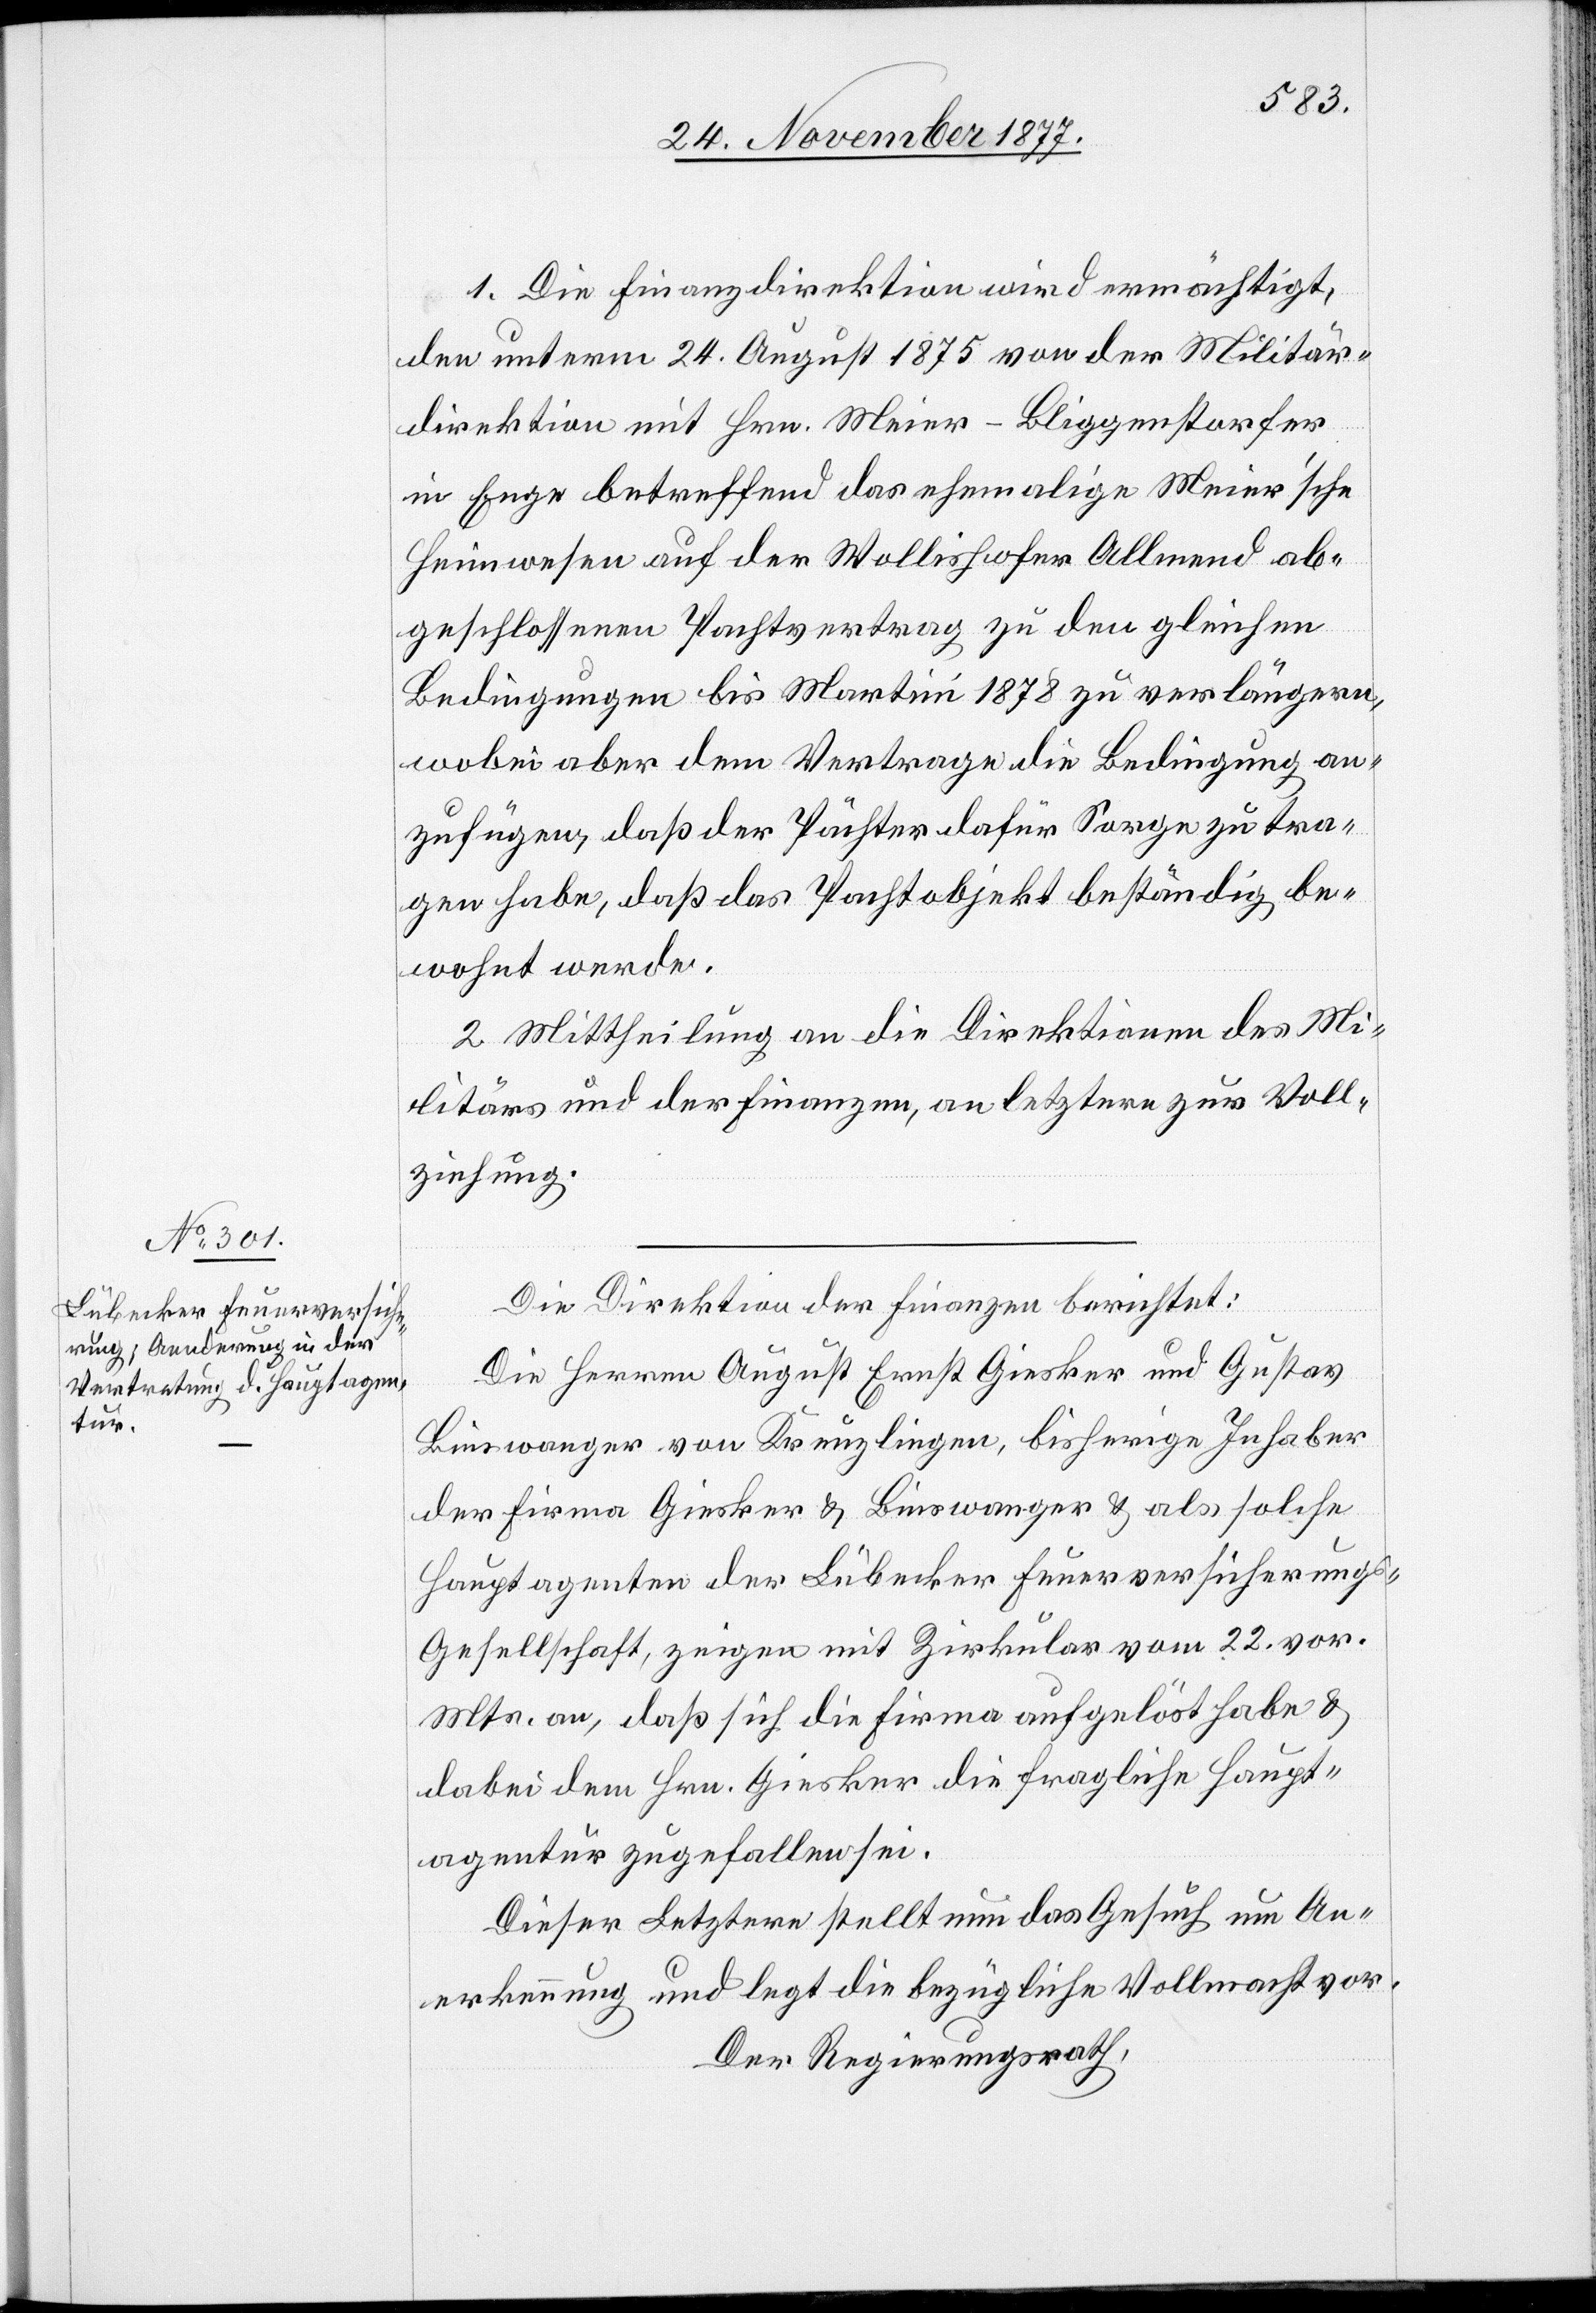
1. Die Finanzdirektion wird ermächtigt,
den unterm 24. August 1875 von der Militär¬
direktion mit Hrn. Meier-Bliggenstorfer
in Enge betreffend das ehemalige Meier’sche
Heimwesen auf der Wollishofer Allmend ab¬
geschlossenen Pachtvertrag zu den gleichen
Bedingungen bis Martini 1878 zu verlängern,
wobei aber dem Vertrage die Bedingung an¬
zufügen, daß der Pächter dafür Sorge zu tra¬
gen habe, daß das Pachtobjekt beständig be¬
wohnt werde.
2. Mittheilung an die Direktionen des Mi¬
litärs und der Finanzen, an letztere zur Voll¬
ziehung.
Die Direktion der Finanzen berichtet:
Die Herren August Ernst Giesker und Gustav
Binswanger von Kreuzlingen, bisherige Inhaber
der Firma Giesker & Binswanger & als solche
Hauptagenten der Lübecker Feuerversicherung¬
s-Gesellschaft, zeigen mit Zirkular vom 22. vor.
Mts. an, daß sich die Firma aufgelöst habe &
dabei dem Hrn. Giesker die fragliche Haupt¬
agentur zugefallen sei.
Dieser Letztere stellt nun das Gesuch um An¬
erkennung und legt die bezügliche Vollmacht vor.
Der Regierungsrath,